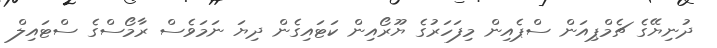
ދުނިޔޭގެ ޗެމްޕިއަން ސްޕެއިން މިފަހަރުގެ ޔޫރޯއިން ކަޓައިގެން ދިޔަ ނަމަވެސް ރާމޯސްގެ ސްޓައިލް